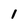
Character: I